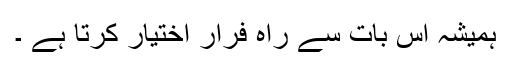
ہمیشہ اس بات سے راہ فرار اختیار کرتا ہے ۔